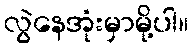
လွဲနေအုံးမှာမို့ပါ။